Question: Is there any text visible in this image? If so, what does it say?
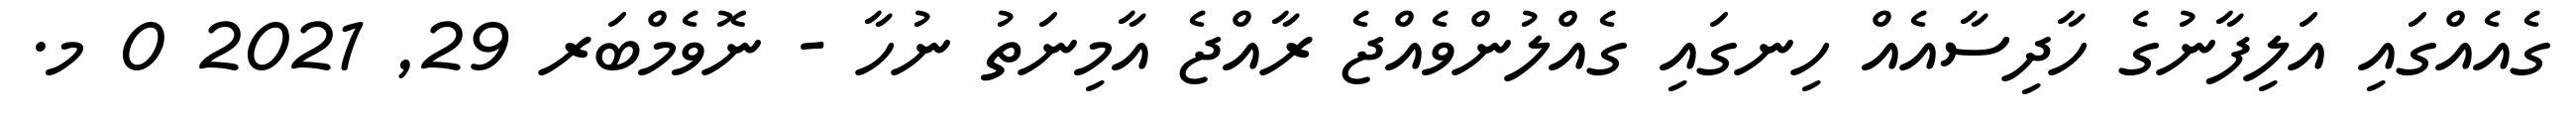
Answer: ގެއެއްގައި އަލިފާނުގެ ހާދިސާއެއް ހިނގައި ގެއްލުންވެއްޖެ ރާއްޖެ އާމިނަތު ނުހާ - ނޮވެމްބަރ 29, 2021 0 މ.